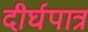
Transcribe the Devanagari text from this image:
दीर्घपात्र